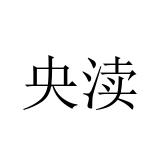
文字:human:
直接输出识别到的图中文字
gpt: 央渎